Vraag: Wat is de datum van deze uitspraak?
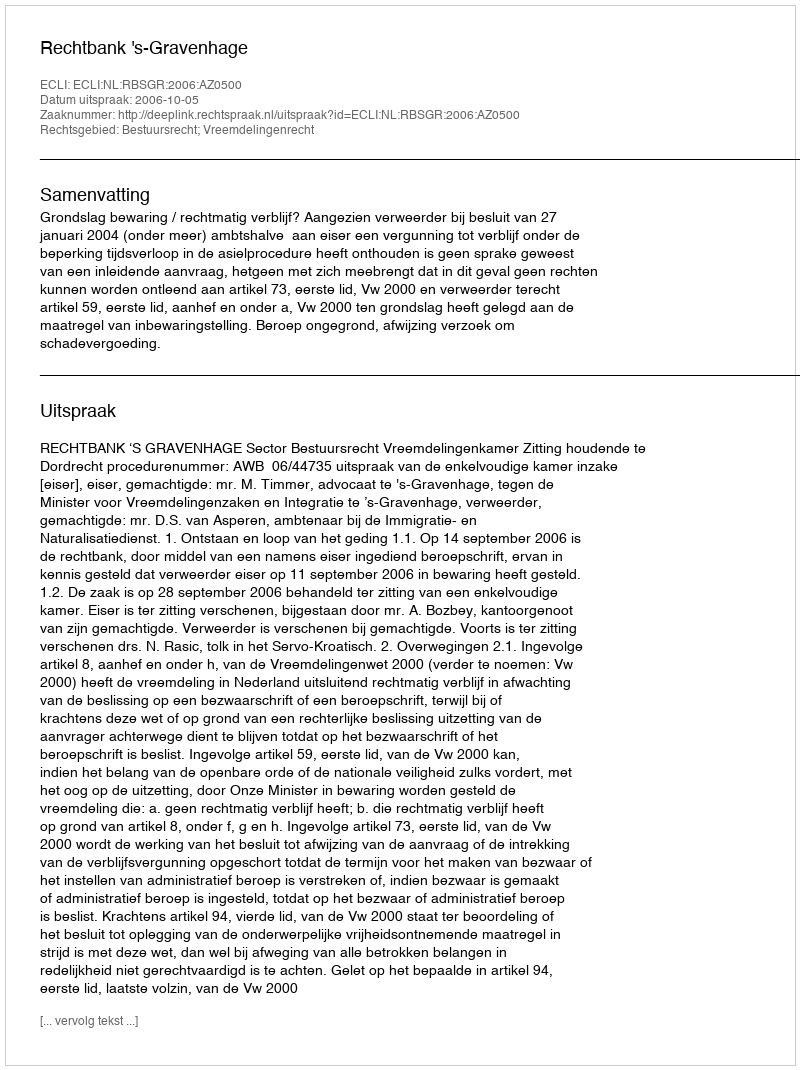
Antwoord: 2006-10-05